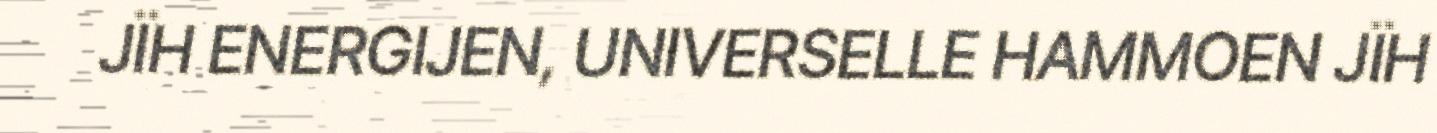
JÏH ENERGIJEN, UNIVERSELLE HAMMOEN JÏH